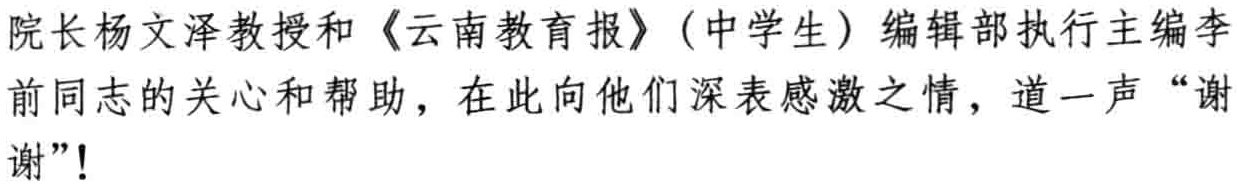
院长杨文泽教授和《云南教育报》(中学生) 编辑部执行主编李前同志的关心和帮助，在此向他们深表感激之情，道一声“谢谢”!